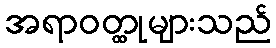
အရာဝတ္ထုများသည်